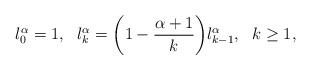
LaTeX: \begin{align*} l^\alpha_0=1,\ \ l^\alpha_k=\bigg(1-\frac{\alpha+1}{k}\bigg)l^\alpha_{k-1},\ \ k\geq1,\end{align*}